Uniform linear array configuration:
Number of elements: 24
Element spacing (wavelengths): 1
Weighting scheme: kaiser
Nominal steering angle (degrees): -30
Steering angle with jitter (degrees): -28.86
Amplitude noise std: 0.05
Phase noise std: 0.05

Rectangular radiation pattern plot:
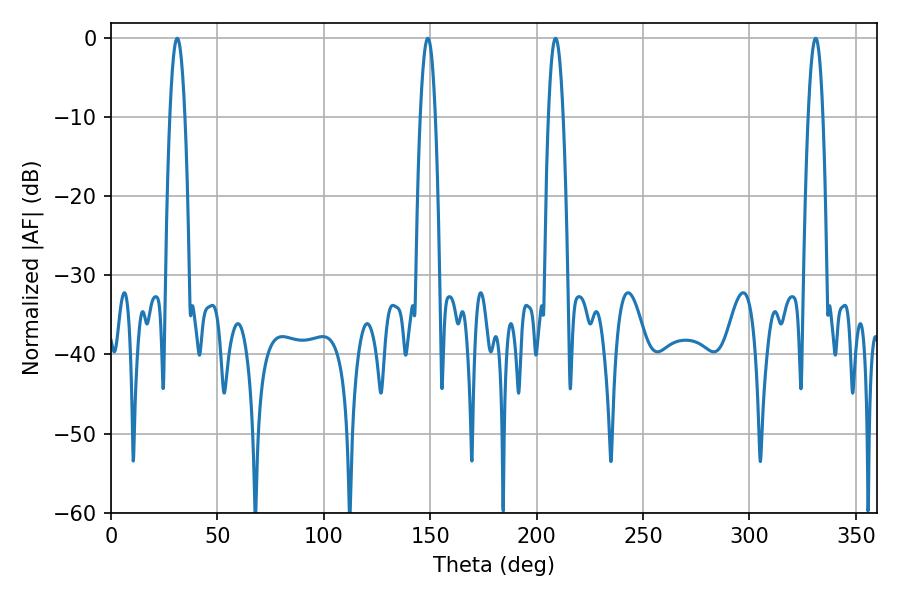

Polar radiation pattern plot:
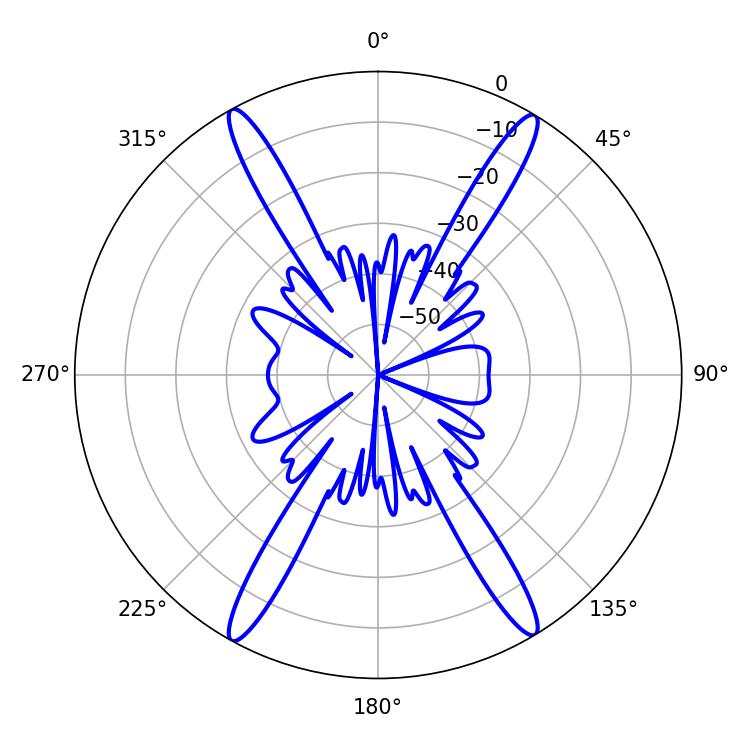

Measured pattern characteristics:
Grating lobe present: TRUE
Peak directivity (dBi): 24.961
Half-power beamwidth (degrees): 3.96
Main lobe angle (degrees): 31.14